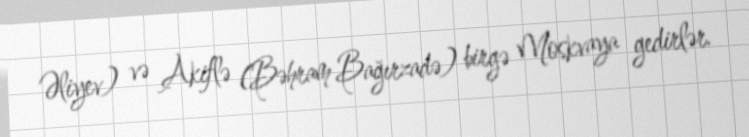
Əliyev) və Akiflə (Bəhram Bağırzadə) birgə Moskvaya gedirlər.